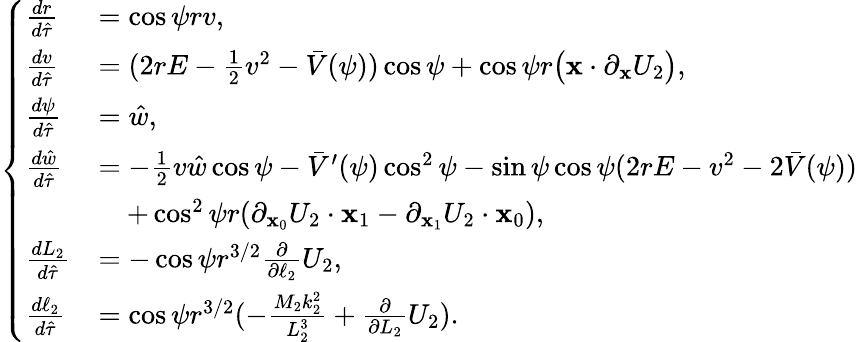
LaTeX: \left\{ \begin{array}{ll}{\frac{dr}{d\hat{\tau}}}&{=\cos\psi rv,}\\ {\frac{dv}{d\hat{\tau}}}&{=(2rE-\frac 12v^{2}-\bar{V}(\psi))\cos\psi+\cos\psi r\big(\mathbf{x}\cdot\partial_{\mathbf{x}}U_{2}\big),}\\ {\frac{d\psi}{d\hat{\tau}}}&{=\hat{w},}\\ {\frac{d\hat{w}}{d\hat{\tau}}}&{=-\frac 12v\hat{w}\cos\psi-\bar{V}^{\prime}(\psi)\cos^{2}\psi-\sin\psi\cos\psi(2rE-v^{2}-2\bar{V}(\psi))}\\ &{\quad+\cos^{2}\psi r(\partial_{\mathbf{x}_{0}}U_{2}\cdot\mathbf{x}_{1}-\partial_{\mathbf{x}_{1}}U_{2}\cdot\mathbf{x}_{0}),}\\ {\frac{dL_{2}}{d\hat{\tau}}}&{=-\cos\psi r^{3/2}\frac{\partial}{\partial\ell_{2}}U_{2},}\\ {\frac{d\ell_{2}}{d\hat{\tau}}}&{=\cos\psi r^{3/2}(-\frac{M_{2}k_{2}^{2}}{L_{2}^{3}}+\frac{\partial}{\partial L_{2}}U_{2}).}\end{array}\right.